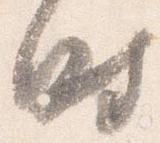
時